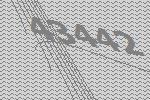
43442